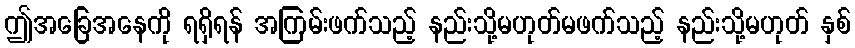
ဤအခြေအနေကို ရရှိရန် အကြမ်းဖက်သည့် နည်းသို့မဟုတ်မဖက်သည့် နည်းသို့မဟုတ် နှစ်